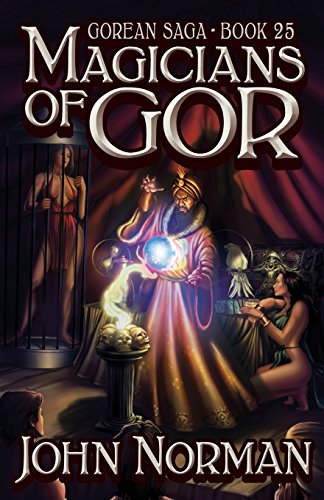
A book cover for Magicians of Gor (Gorean Saga); John Norman; Romance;